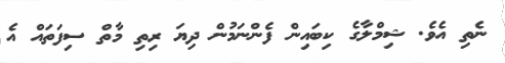
ނެތި އެވެ. ޝިމްލާގެ ކިބައިން ފެންނަމުން ދިޔަ ރިތި މާތް ސިފަތައް އެ